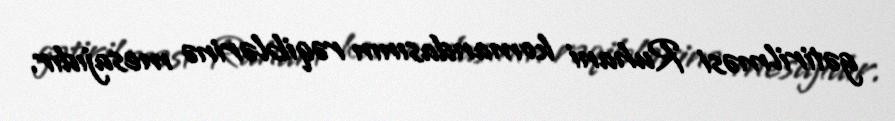
gətirilməsi Ruhani komandasının rəqiblərinə mesajıdır.